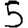
Digit: 5